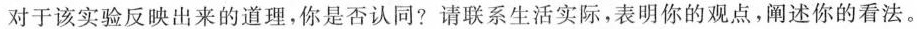
对于该实验反映出来的道理，你是否认同?请联系生活实际，表明你的观点，阐述你的看法。